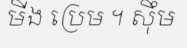
មីង ប្រេម ។ ស៊ឹម